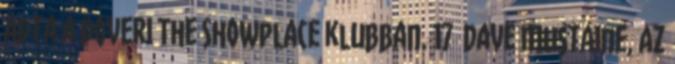
adta a doveri The Showplace klubban. 17 Dave Mustaine, az